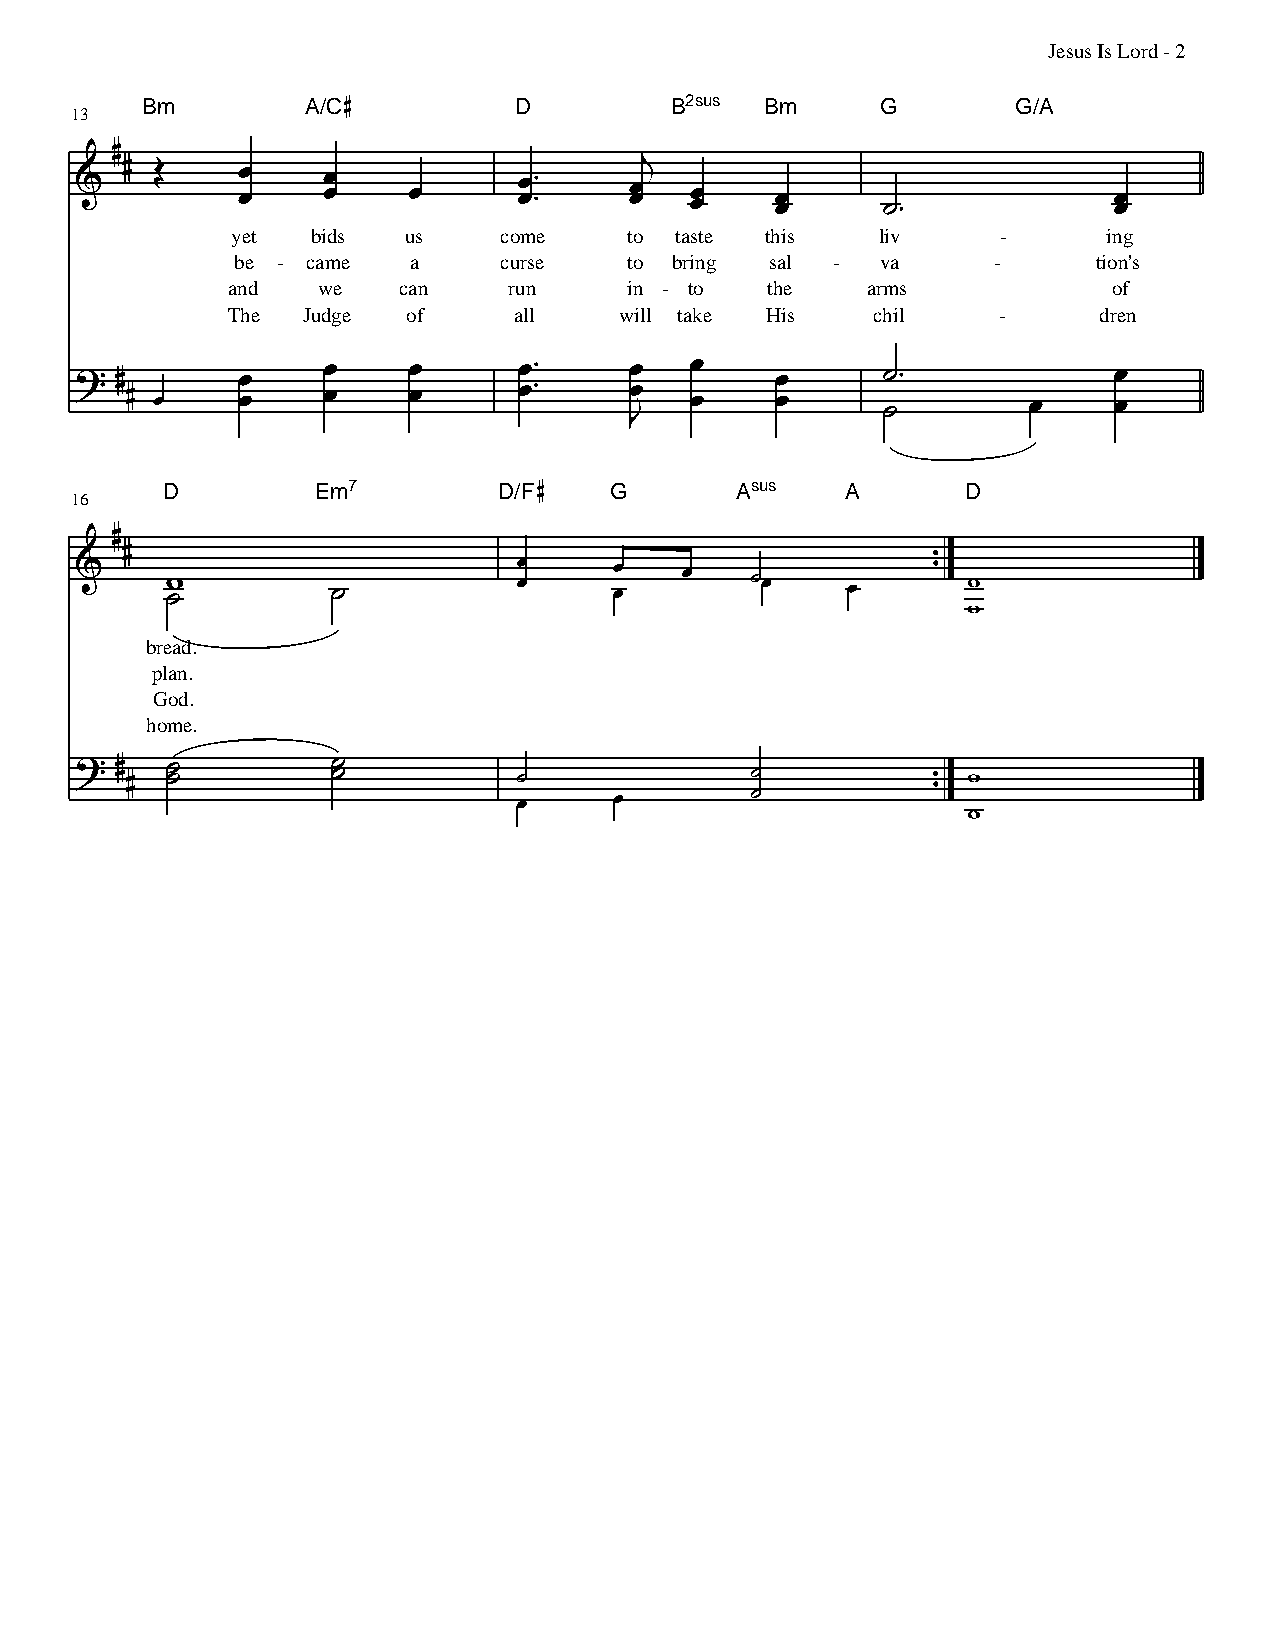
Jesus Is Lord - 2
 Bm         A/C           D         B2sus  Bm     G        G/A
 13
 yet   bids  us    come     to taste this   liv     -      ing
 be - came  a     curse    to bring sal -  va      -      tion's
 and   we   can     run     in - to  the   arms             of
 The  Judge  of     all    will take His    chil    -      dren
 D         Em7         D/F    G        Asus   A       D
 16
 bread.
 plan.
 God.
 home.